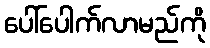
ပေါ်ပေါက်လာမည်ကို